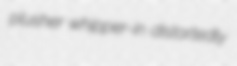
plusher whipper-in distortedly